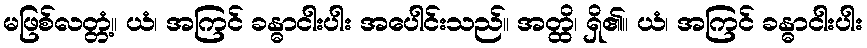
မဖြစ်လတ္တံ့။ ယံ၊ အကြင် ခန္ဓာငါးပါး အပေါင်းသည်။ အတ္ထိ၊ ရှိ၏။ ယံ၊ အကြင် ခန္ဓာငါးပါး